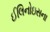
ઈલિનોઇસના